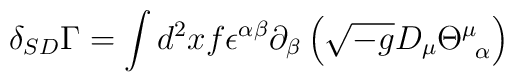
\delta_{SD}\Gamma = \int d^2 x f \epsilon^{\alpha\beta}  \partial_\beta \left(\sqrt{-g} D_\mu\Theta^\mu_{\;\;\alpha}\right)